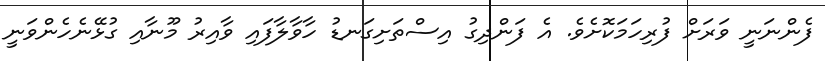
ފެންނަނީ ވަރަށް ފުރިހަމަކޮށެވެ. އެ ފަންދިގު އިސްތަށިގަނޑު ހާވާލާފައި ވާއިރު މޫނާއި ގުޅޭނެހެންވަނީ